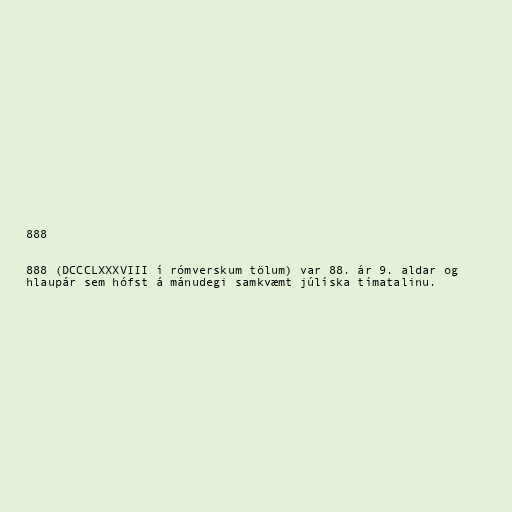
888

888 (DCCCLXXXVIII í rómverskum tölum) var 88. ár 9. aldar og
hlaupár sem hófst á mánudegi samkvæmt júlíska tímatalinu.